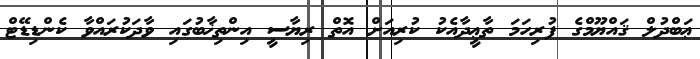
ޢަބްދުލް ޤައްޔޫމްގެ ފުރިހަމަ ތާޢީދާއެކު ކުރިއަށް އޮތް ރިޔާސީ އިންތިޚާބުގައި ވާދަކުރައްވާ ކެންޑިޑޭޓް